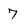
Character: 7